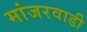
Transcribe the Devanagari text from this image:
मांजरवाडी